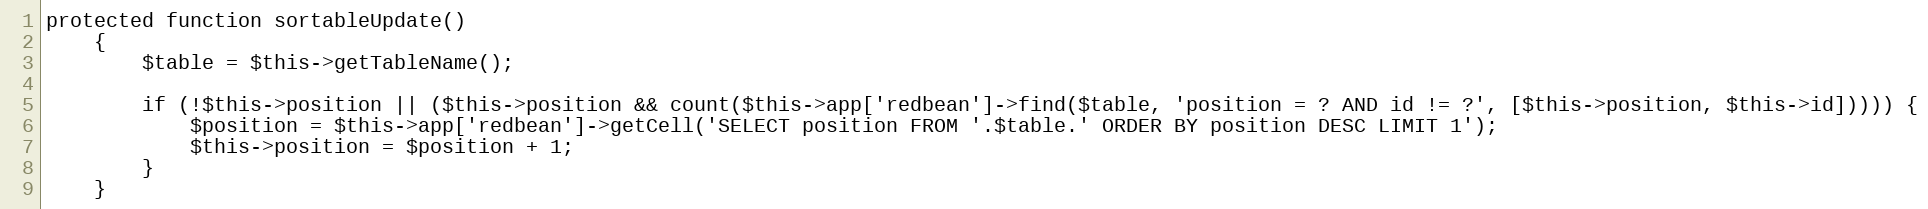
Language: PHP
protected function sortableUpdate()
    {
        $table = $this->getTableName();

        if (!$this->position || ($this->position && count($this->app['redbean']->find($table, 'position = ? AND id != ?', [$this->position, $this->id])))) {
            $position = $this->app['redbean']->getCell('SELECT position FROM '.$table.' ORDER BY position DESC LIMIT 1');
            $this->position = $position + 1;
        }
    }